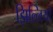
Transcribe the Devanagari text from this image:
झिल्‍लियों